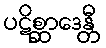
ပဋိစ္ဆာဒေန္တီ